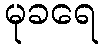
မုခရေ